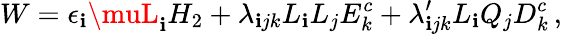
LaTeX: W=\epsilon_{\mathbf{i}}\muL_{\mathbf{i}}H_{2}+\lambda_{\mathbf{i}jk}L_{\mathbf{i}}L_{j}E_{k}^{c}+\lambda_{\mathbf{i}jk}^{\prime}L_{\mathbf{i}}Q_{j}D_{k}^{c}\, ,